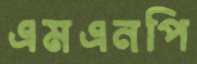
এমএনপি